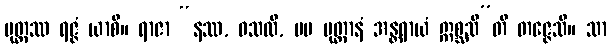
ပုတ္တဿ ရဇ္ဇံ ယာစိ။ ရာဇာ “နဿ, ဝသလိ, မမ ပုတ္တာနံ အန္တရာယံ ဣစ္ဆသီ”တိ တဇ္ဇေသိ။ သာ